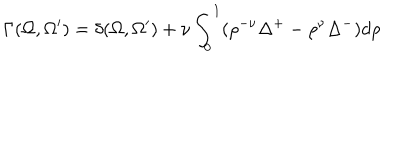
\Gamma ( \Omega , \Omega ^ { \prime } ) = \delta ( \Omega , \Omega ^ { \prime } ) + \nu \int _ { 0 } ^ { 1 } ( \rho ^ { - \nu } \Delta ^ { + } - \rho ^ { \nu } \Delta ^ { - } ) d \rho